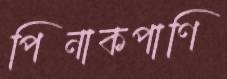
পিনাকপাণি